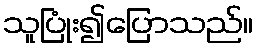
သူပြုံး၍ပြောသည်။